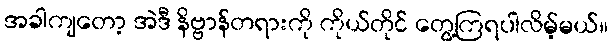
အခါကျတော့ အဲဒီ နိဗ္ဗာန်တရားကို ကိုယ်တိုင် တွေ့ကြရပါလိမ့်မယ်။